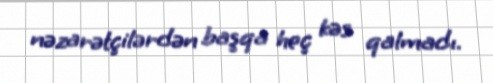
nəzarətçilərdən başqa heç kəs qalmadı.